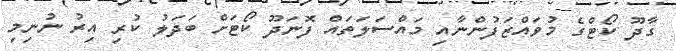
ގާދޫ ކޯޓްގެ މުވައްޒަފުންނާއި މައްސަލަތައް ފޮނަދޫ ކޯޓަށް ބަދަލު ކުރި އިރު ނުނިމި